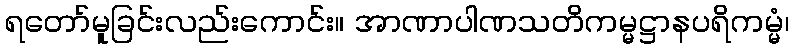
ရတော်မူခြင်းလည်းကောင်း။ အာဏာပါဏသတိကမ္မဋ္ဌာနပရိကမ္မံ၊